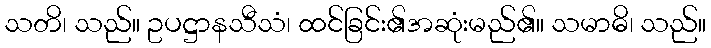
သတိ၊ သည်။ ဥပဋ္ဌာနသီသံ၊ ထင်ခြင်း၏အဆုံးမည်၏။ သမာဓိ၊ သည်။